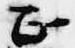
正